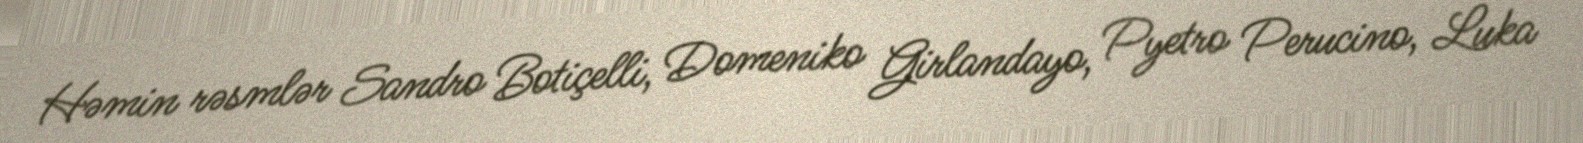
Həmin rəsmlər Sandro Botiçelli, Domeniko Girlandayo, Pyetro Perucino, Luka